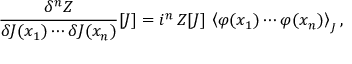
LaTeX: { \frac { \delta ^ { n } Z } { \delta J ( x _ { 1 } ) \cdots \delta J ( x _ { n } ) } } [ J ] = i ^ { n } \, Z [ J ] \, \left\langle \varphi ( x _ { 1 } ) \cdots \varphi ( x _ { n } ) \right\rangle _ { J } ,